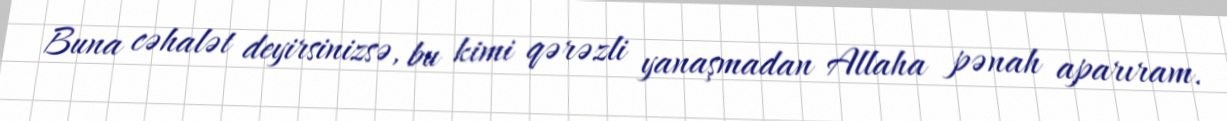
Buna cəhalət deyirsinizsə, bu kimi qərəzli yanaşmadan Allaha pənah aparıram.